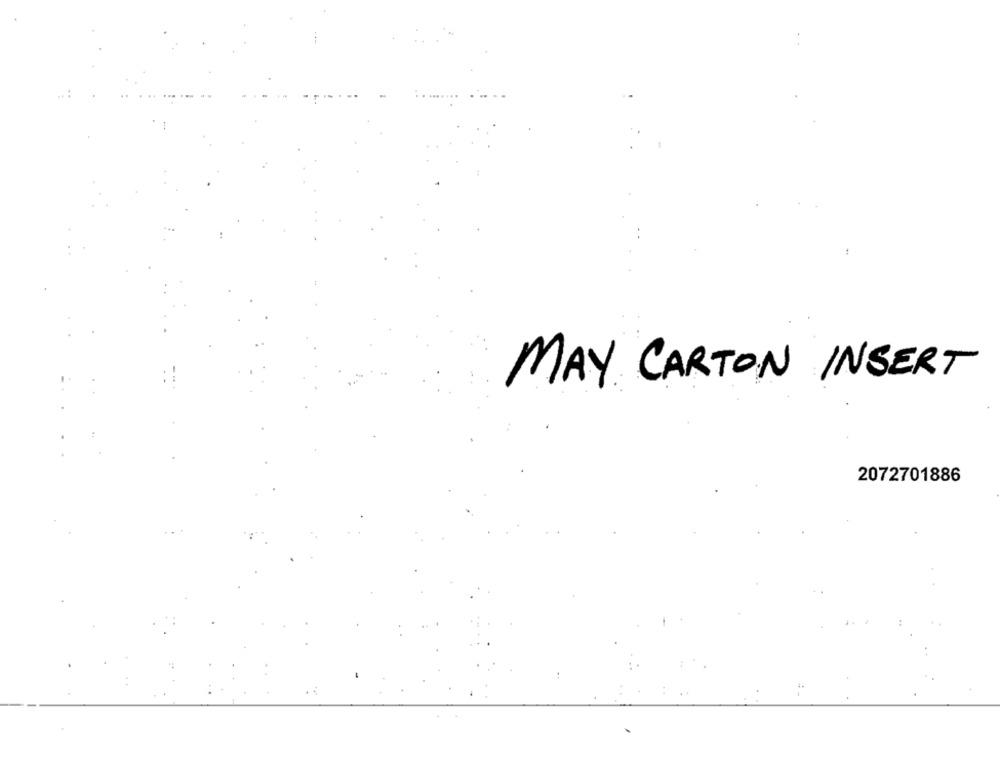
MAY CARTON INSERT
2072701886